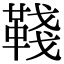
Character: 𩋋